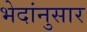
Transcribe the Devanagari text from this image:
भेदांनुसार